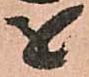
を